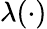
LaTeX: \lambda(\cdot)